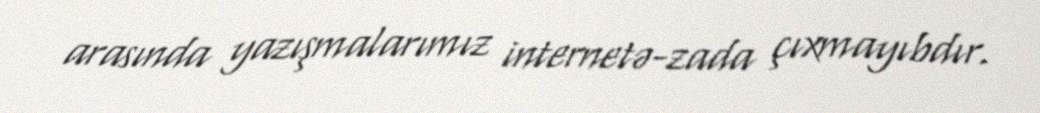
arasında yazışmalarımız internetə-zada çıxmayıbdır.